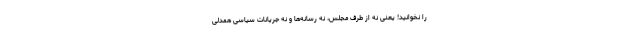
را نخوانید! یعنی نه از طرف مجلس، نه رسانه‌ها و نه جریانات سیاسی همدلی